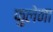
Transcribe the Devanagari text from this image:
फुलेना